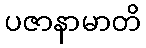
ပဇာနာမာတိ